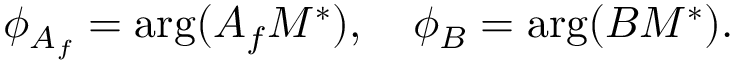
\phi _ { A _ { f } } = \mathrm { a r g } ( A _ { f } M ^ { \ast } ) , \quad \phi _ { B } = \mathrm { a r g } ( B M ^ { \ast } ) .